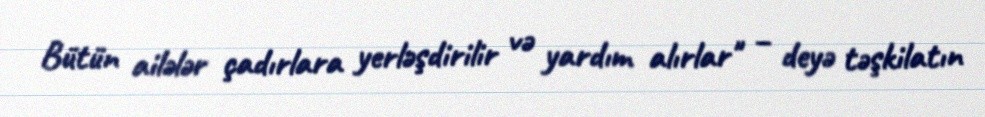
Bütün ailələr çadırlara yerləşdirilir və yardım alırlar" – deyə təşkilatın